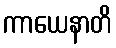
ကာယေနာတိ